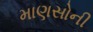
માણસોની